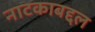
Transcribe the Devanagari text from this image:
नाटकाबद्दल